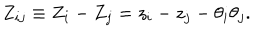
Z _ { i j } \equiv Z _ { i } - Z _ { j } = z _ { i } - z _ { j } - \theta _ { i } \theta _ { j } .